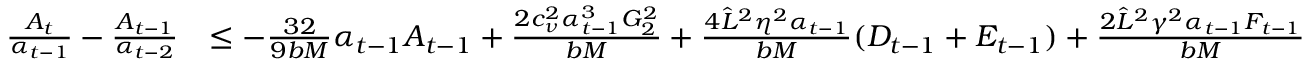
\begin{array} { r l } { \frac { A _ { t } } { \alpha _ { t - 1 } } - \frac { A _ { t - 1 } } { \alpha _ { t - 2 } } } & { \leq - \frac { 3 2 } { 9 b M } \alpha _ { t - 1 } A _ { t - 1 } + \frac { 2 c _ { \nu } ^ { 2 } \alpha _ { t - 1 } ^ { 3 } G _ { 2 } ^ { 2 } } { b M } + \frac { 4 \hat { L } ^ { 2 } \eta ^ { 2 } \alpha _ { t - 1 } } { b M } ( D _ { t - 1 } + E _ { t - 1 } ) + \frac { 2 \hat { L } ^ { 2 } \gamma ^ { 2 } \alpha _ { t - 1 } F _ { t - 1 } } { b M } } \end{array}